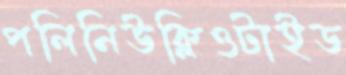
পলিনিউক্লিওটাইড